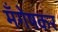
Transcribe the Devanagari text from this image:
मँगेषकर